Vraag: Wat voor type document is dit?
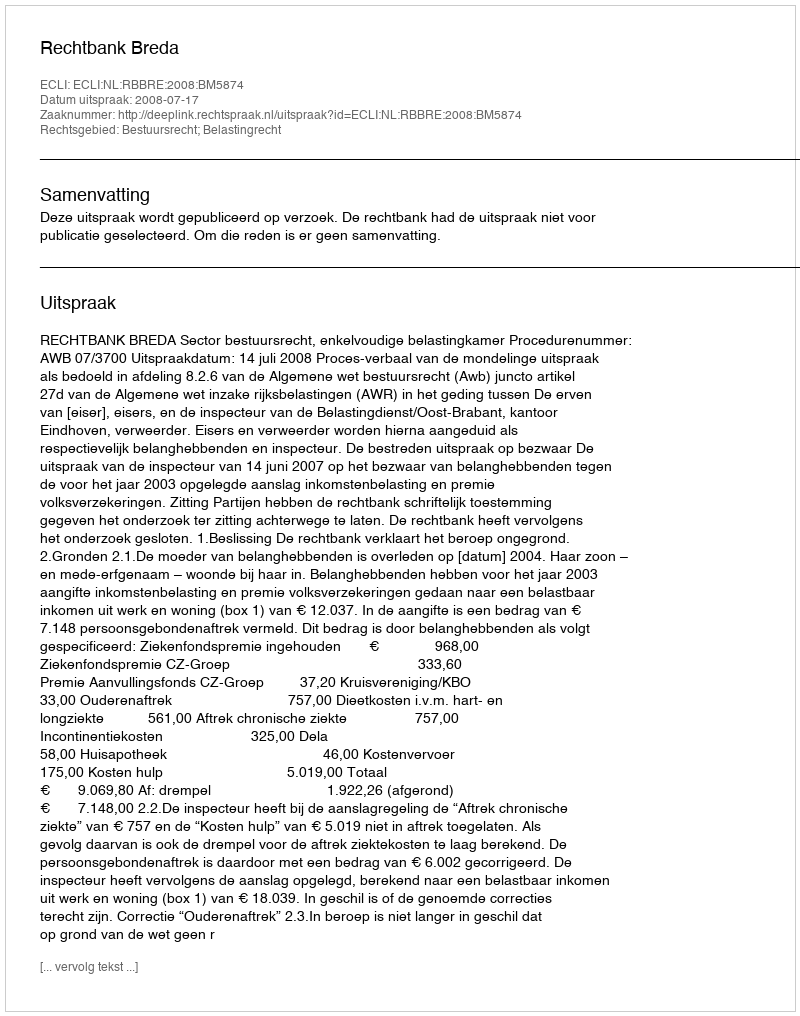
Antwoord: Uitspraak